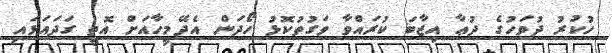
ހުކުރު ދުވަހުގެ ދުޢާ އިޖާބަ ކުރައްވާ ވަގުތުކޮޅު ހޯދަން އެދޭމީހާއަށް އޮތީ ގަދައަޅައި